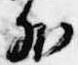
外